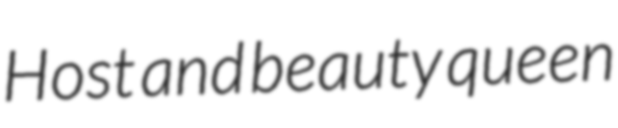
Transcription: Host and beauty queen